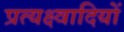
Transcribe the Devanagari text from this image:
प्रत्यक्ष्वादियों